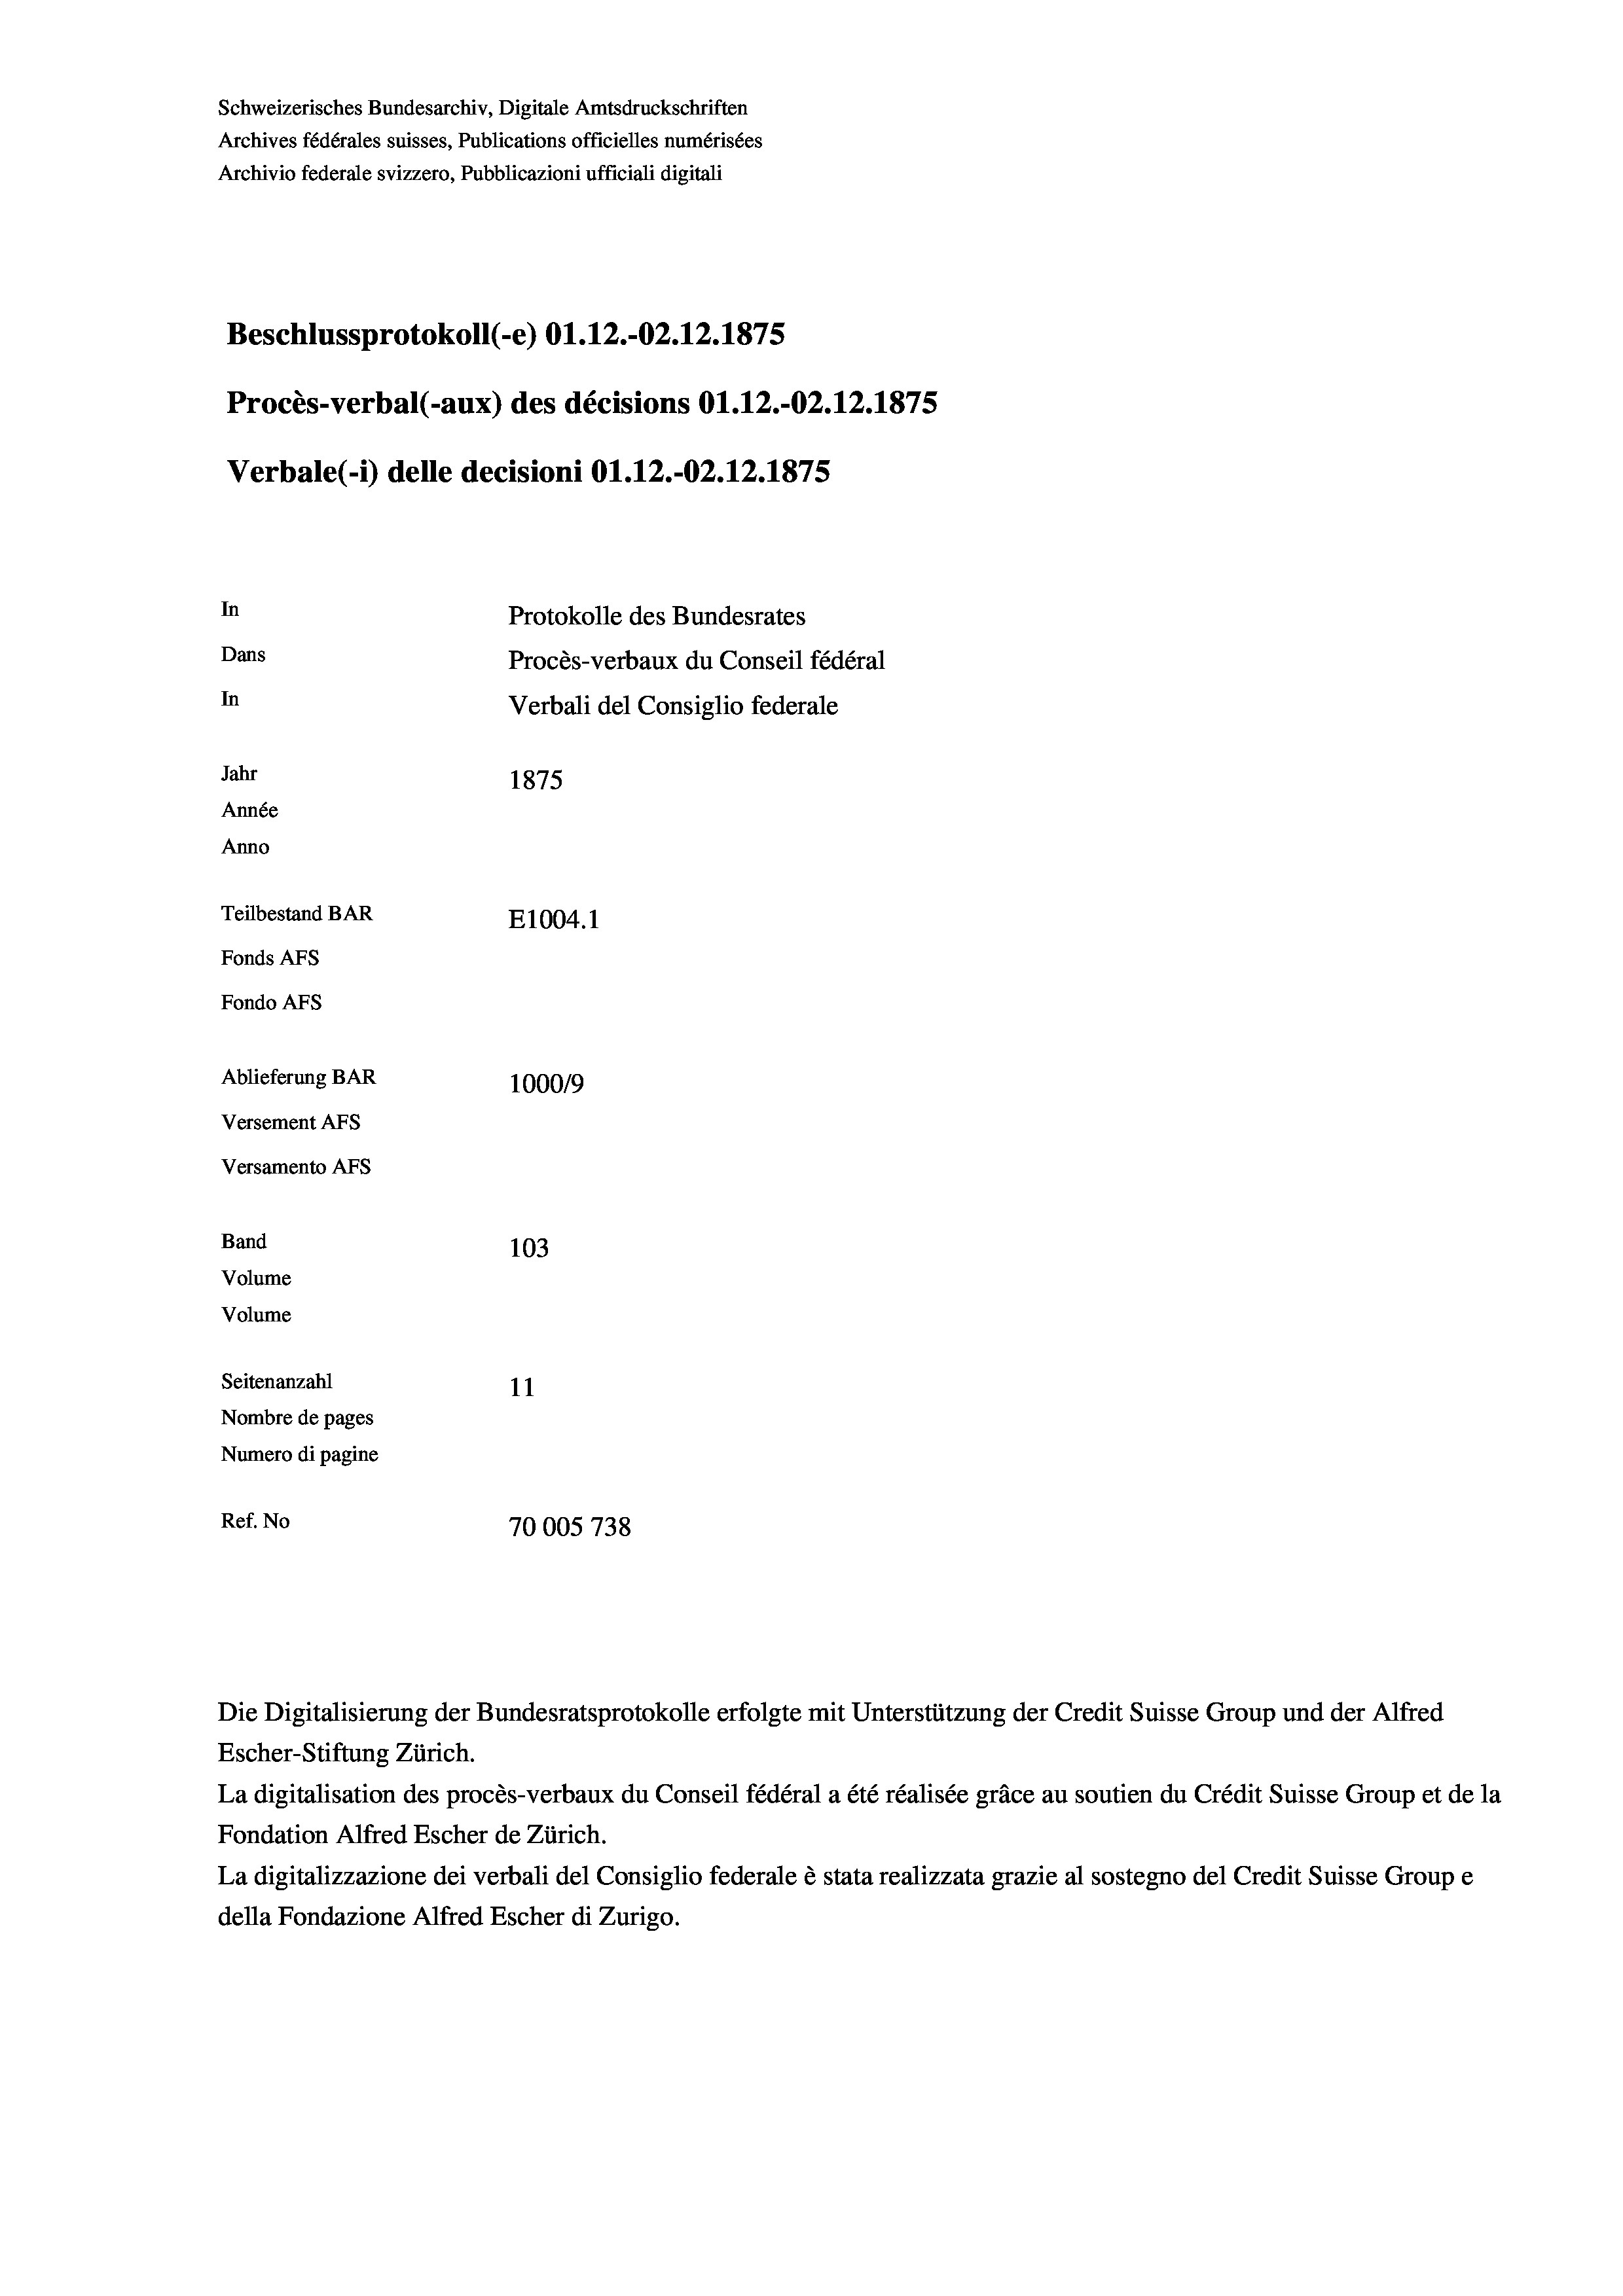
Schweizerisches Bundesarchiv, Digitale Amtsdruckschriften
Archives fédérales suisses, Publications officielles numérisées
Archivio federale svizzero, Pubblicazioni ufficiali digitali
Beschlussprotokoll (-e) O1.12.-O2.12.1875
Procès-verbal (-aux) des décisions Ol.12.-02.12.1875
Verbale (- 1) delle decisioni O1.12.-O2.12.1875
In
Protokolle des Bundesrates
Dans
Procès-verbaux du Conseil fédéral
In
Verbali del Consiglio federale
Jahr
1875
Année
Anno
Teilbestand BAR
E1004. 1
Fonds AFs
Fondo AFS
Ablieferung BAR
100019
Versement AFs
Versamento Afs
Band
103
Volume
Volume
Seitenanzahl
11
Nombre de pages
Numero di pagine
Ref. No
70005738

Die Digitalisierung der Bundesratsprotokolle erfolgte mit Unterstützung der Credit Suisse Group und der Alfred
Escher-Stiftung Zürich.
La digitalisation des procès-verbaux du Conseil fédéral a été réalisée gräce au soutien du Crédit Suisse Group et de la
Fondation Alfred Escher de Zürich.
La digitalizzazione dei verbali del Consiglio federale è stata realizzata grazie al sostegno del Credit Suisse Groupe
della Fondazione Alfred Escher di Zurigo.